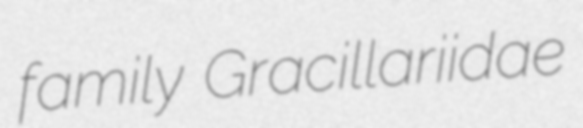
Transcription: family Gracillariidae